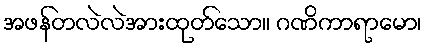
အဖန်တလဲလဲအားထုတ်သော။ ဂဏိကာရာမော၊